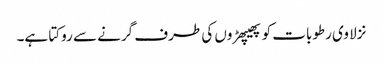
نزلا وی رطوبات کو پھیپھڑوں کی طرف گرنے سے روکتا ہے۔